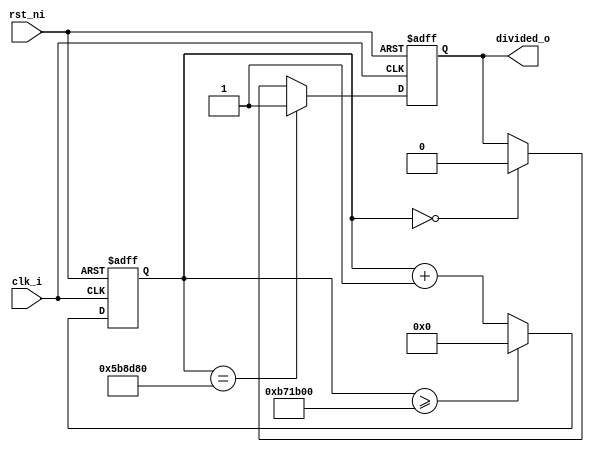
module frequency_divider #(
    parameter CLK_FREQ = 12_000_000,
    parameter OUT_FREQ = 1
) (
    output wire divided_o,

    input wire clk_i,
    input wire rst_ni
);

    reg [25:0] counter_q, counter_d;
    reg out_q, out_d;

    assign divided_o = out_q;

    always @(posedge clk_i or negedge rst_ni) begin
        if (!rst_ni) begin
            counter_q <= 0;
        end else begin
            counter_q <= counter_d;
        end
    end

    always @(*) begin
        if (counter_q >= CLK_FREQ / OUT_FREQ) begin
            counter_d = 0;
        end else begin
            counter_d = counter_q + 1;
        end
    end

    always @(posedge clk_i or negedge rst_ni) begin
        if (!rst_ni) begin
            out_q <= 0;
        end else begin
            out_q <= out_d;
        end
    end

    always @(*) begin
        if (counter_q == CLK_FREQ / OUT_FREQ / 2) begin
            out_d = 1;
        end else begin
            if (counter_q == 0) begin
                out_d = 0;
            end else begin
                out_d = out_q;
            end
        end
    end
    
endmodule